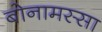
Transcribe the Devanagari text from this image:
बोनामस्सा